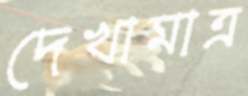
দেখামাত্র